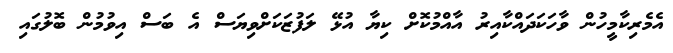
އެމެރިކާމީހުން ވާހަކަދައްކާއިރު އާއްމުކޮށް ކިޔާ އުޅޭ ލަފުޒަކަށްވިޔަސް އެ ބަސް އިވުމުން ބޮލުގައި